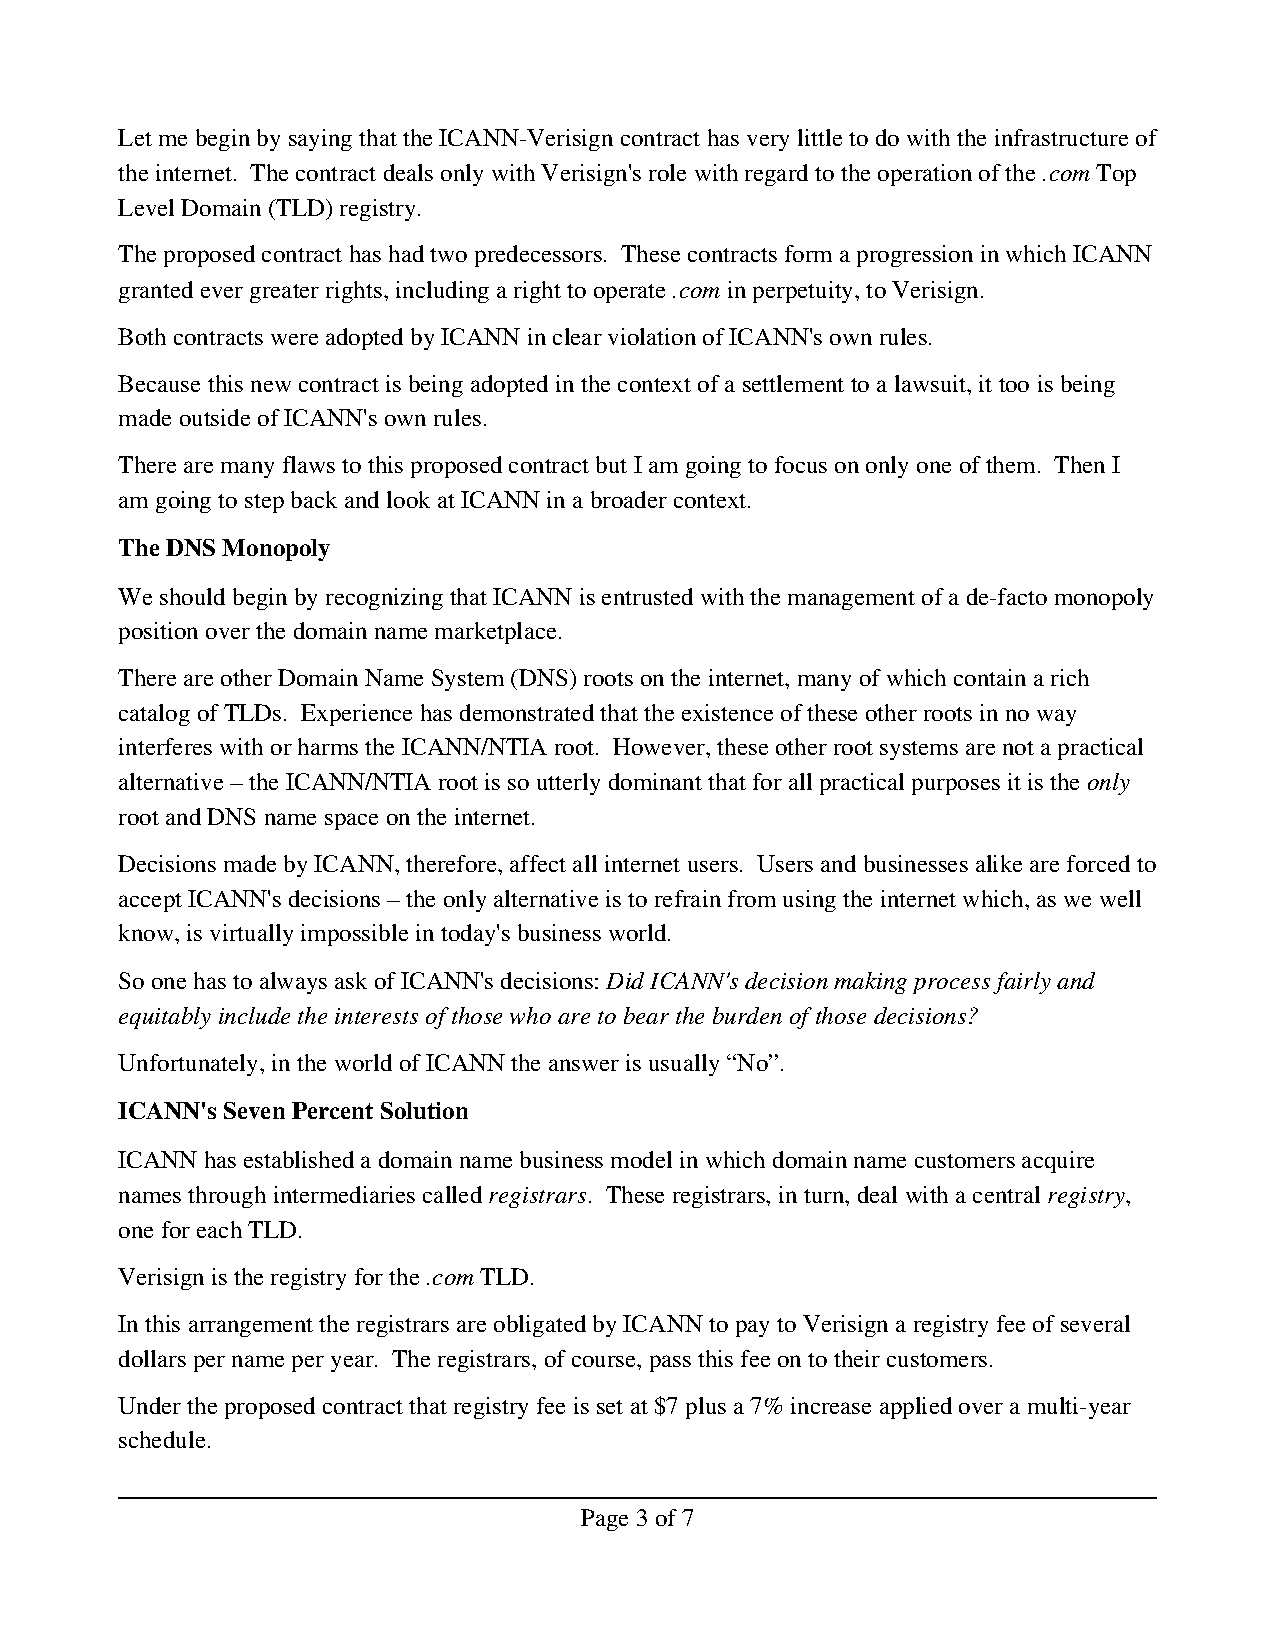
Let me begin by saying that the ICANN­Verisign contract has very little to do with the infrastructure of
 the internet. The contract deals only with Verisign's role with regard to the operation of the .com Top
 Level Domain (TLD) registry.
 The proposed contract has had two predecessors. These contracts form a progression in which ICANN
 granted ever greater rights, including a right to operate .com in perpetuity, to Verisign.
 Both contracts were adopted by ICANN in clear violation of ICANN's own rules.
 Because this new contract is being adopted in the context of a settlement to a lawsuit, it too is being
 made outside of ICANN's own rules.
 There are many flaws to this proposed contract but I am going to focus on only one of them. Then I
 am going to step back and look at ICANN in a broader context.
 The DNS Monopoly
 We should begin by recognizing that ICANN is entrusted with the management of a de­facto monopoly
 position over the domain name marketplace.
 There are other Domain Name System (DNS) roots on the internet, many of which contain a rich
 catalog of TLDs. Experience has demonstrated that the existence of these other roots in no way
 interferes with or harms the ICANN/NTIA root. However, these other root systems are not a practical
 alternative – the ICANN/NTIA root is so utterly dominant that for all practical purposes it is the only
 root and DNS name space on the internet.
 Decisions made by ICANN, therefore, affect all internet users. Users and businesses alike are forced to
 accept ICANN's decisions – the only alternative is to refrain from using the internet which, as we well
 know, is virtually impossible in today's business world.
 So one has to always ask of ICANN's decisions: Did ICANN's decision making process fairly and
 equitably include the interests of those who are to bear the burden of those decisions?
 Unfortunately, in the world of ICANN the answer is usually “No”.
 ICANN's Seven Percent Solution
 ICANN has established a domain name business model in which domain name customers acquire
 names through intermediaries called registrars. These registrars, in turn, deal with a central registry,
 one for each TLD.
 Verisign is the registry for the .com TLD.
 In this arrangement the registrars are obligated by ICANN to pay to Verisign a registry fee of several
 dollars per name per year. The registrars, of course, pass this fee on to their customers.
 Under the proposed contract that registry fee is set at $7 plus a 7% increase applied over a multi­year
 schedule.
 Page 3 of 7